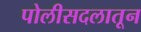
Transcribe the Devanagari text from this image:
पोलीसदलातून